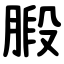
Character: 腶